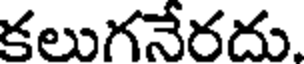
కలుగనేరదు.